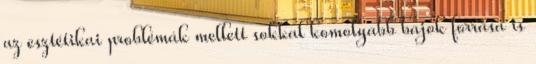
az esztétikai problémák mellett sokkal komolyabb bajok forrása is